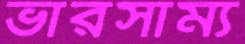
ভারসাম্য